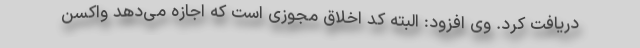
دریافت کرد. وی افزود: البته کد اخلاق مجوزی است که اجازه می‌دهد واکسن